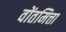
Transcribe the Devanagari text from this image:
वोंतमित्ता